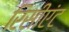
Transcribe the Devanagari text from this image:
रिसीएंट